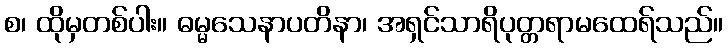
စ၊ ထိုမှတစ်ပါး။ ဓမ္မသေနာပတိနာ၊ အရှင်သာရိပုတ္တရာမထေရ်သည်။